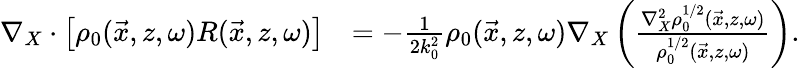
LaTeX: \begin{array}{rl}{\nabla_{X}\cdot\left[\rho_{0}(\vec{x},z,\omega)R(\vec{x},z,\omega)\right]}&{=-\frac{1}{2k_{0}^{2}}\rho_{0}(\vec{x},z,\omega)\nabla_{X}\left(\frac{\nabla_{X}^{2}\rho_{0}^{1/2}(\vec{x},z,\omega)}{\rho_{0}^{1/2}(\vec{x},z,\omega)}\right).}\end{array}